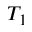
T _ { 1 }